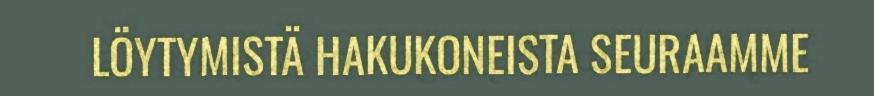
LÖYTYMISTÄ HAKUKONEISTA SEURAAMME